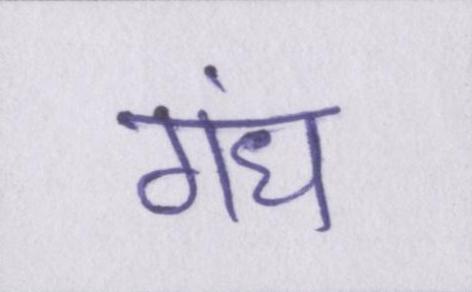
गंध